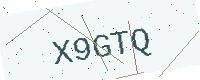
Text: X9GTQ